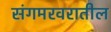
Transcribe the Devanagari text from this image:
संगमरवरातील